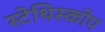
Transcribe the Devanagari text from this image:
स्टेथिस्कोप